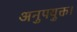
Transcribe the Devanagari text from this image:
अनुपयुक्त।